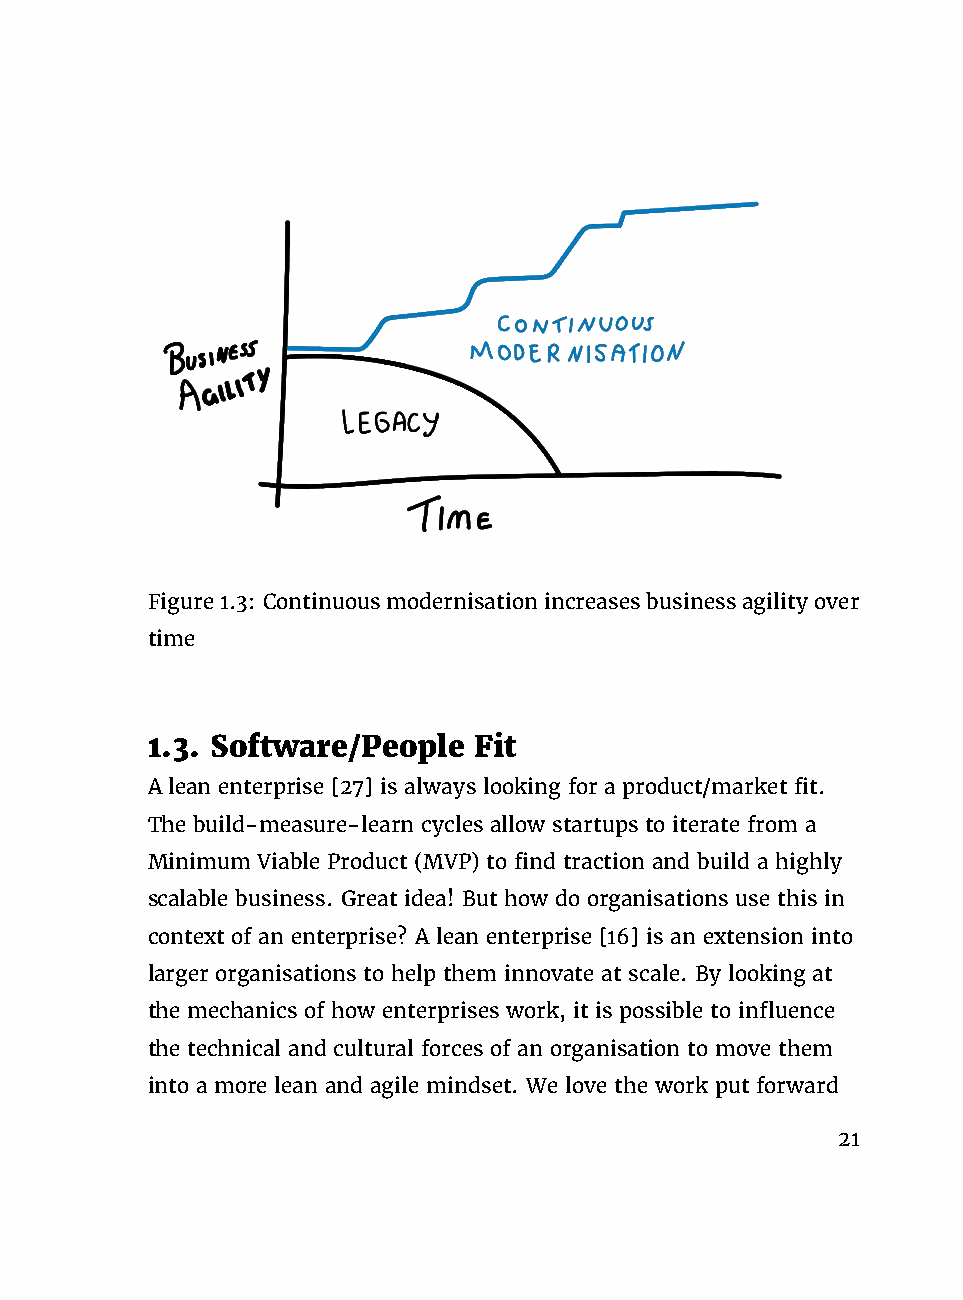
Figure1.3: Continuousmodernisationincreasesbusinessagilityover
 time
 1.3. Software/People Fit
 A lean enterprise [27] is always looking for a product/market fit.
 The build-measure-learn cycles allow startups to iterate from a
 Minimum Viable Product (MVP) to find traction and build a highly
 scalable business. Great idea! But how do organisations use this in
 context of an enterprise? A lean enterprise [16] is an extension into
 larger organisations to help them innovate at scale. By looking at
 the mechanics of how enterprises work, it is possible to influence
 the technical and cultural forces of an organisation to move them
 into a more lean and agile mindset. We love the work put forward
 21